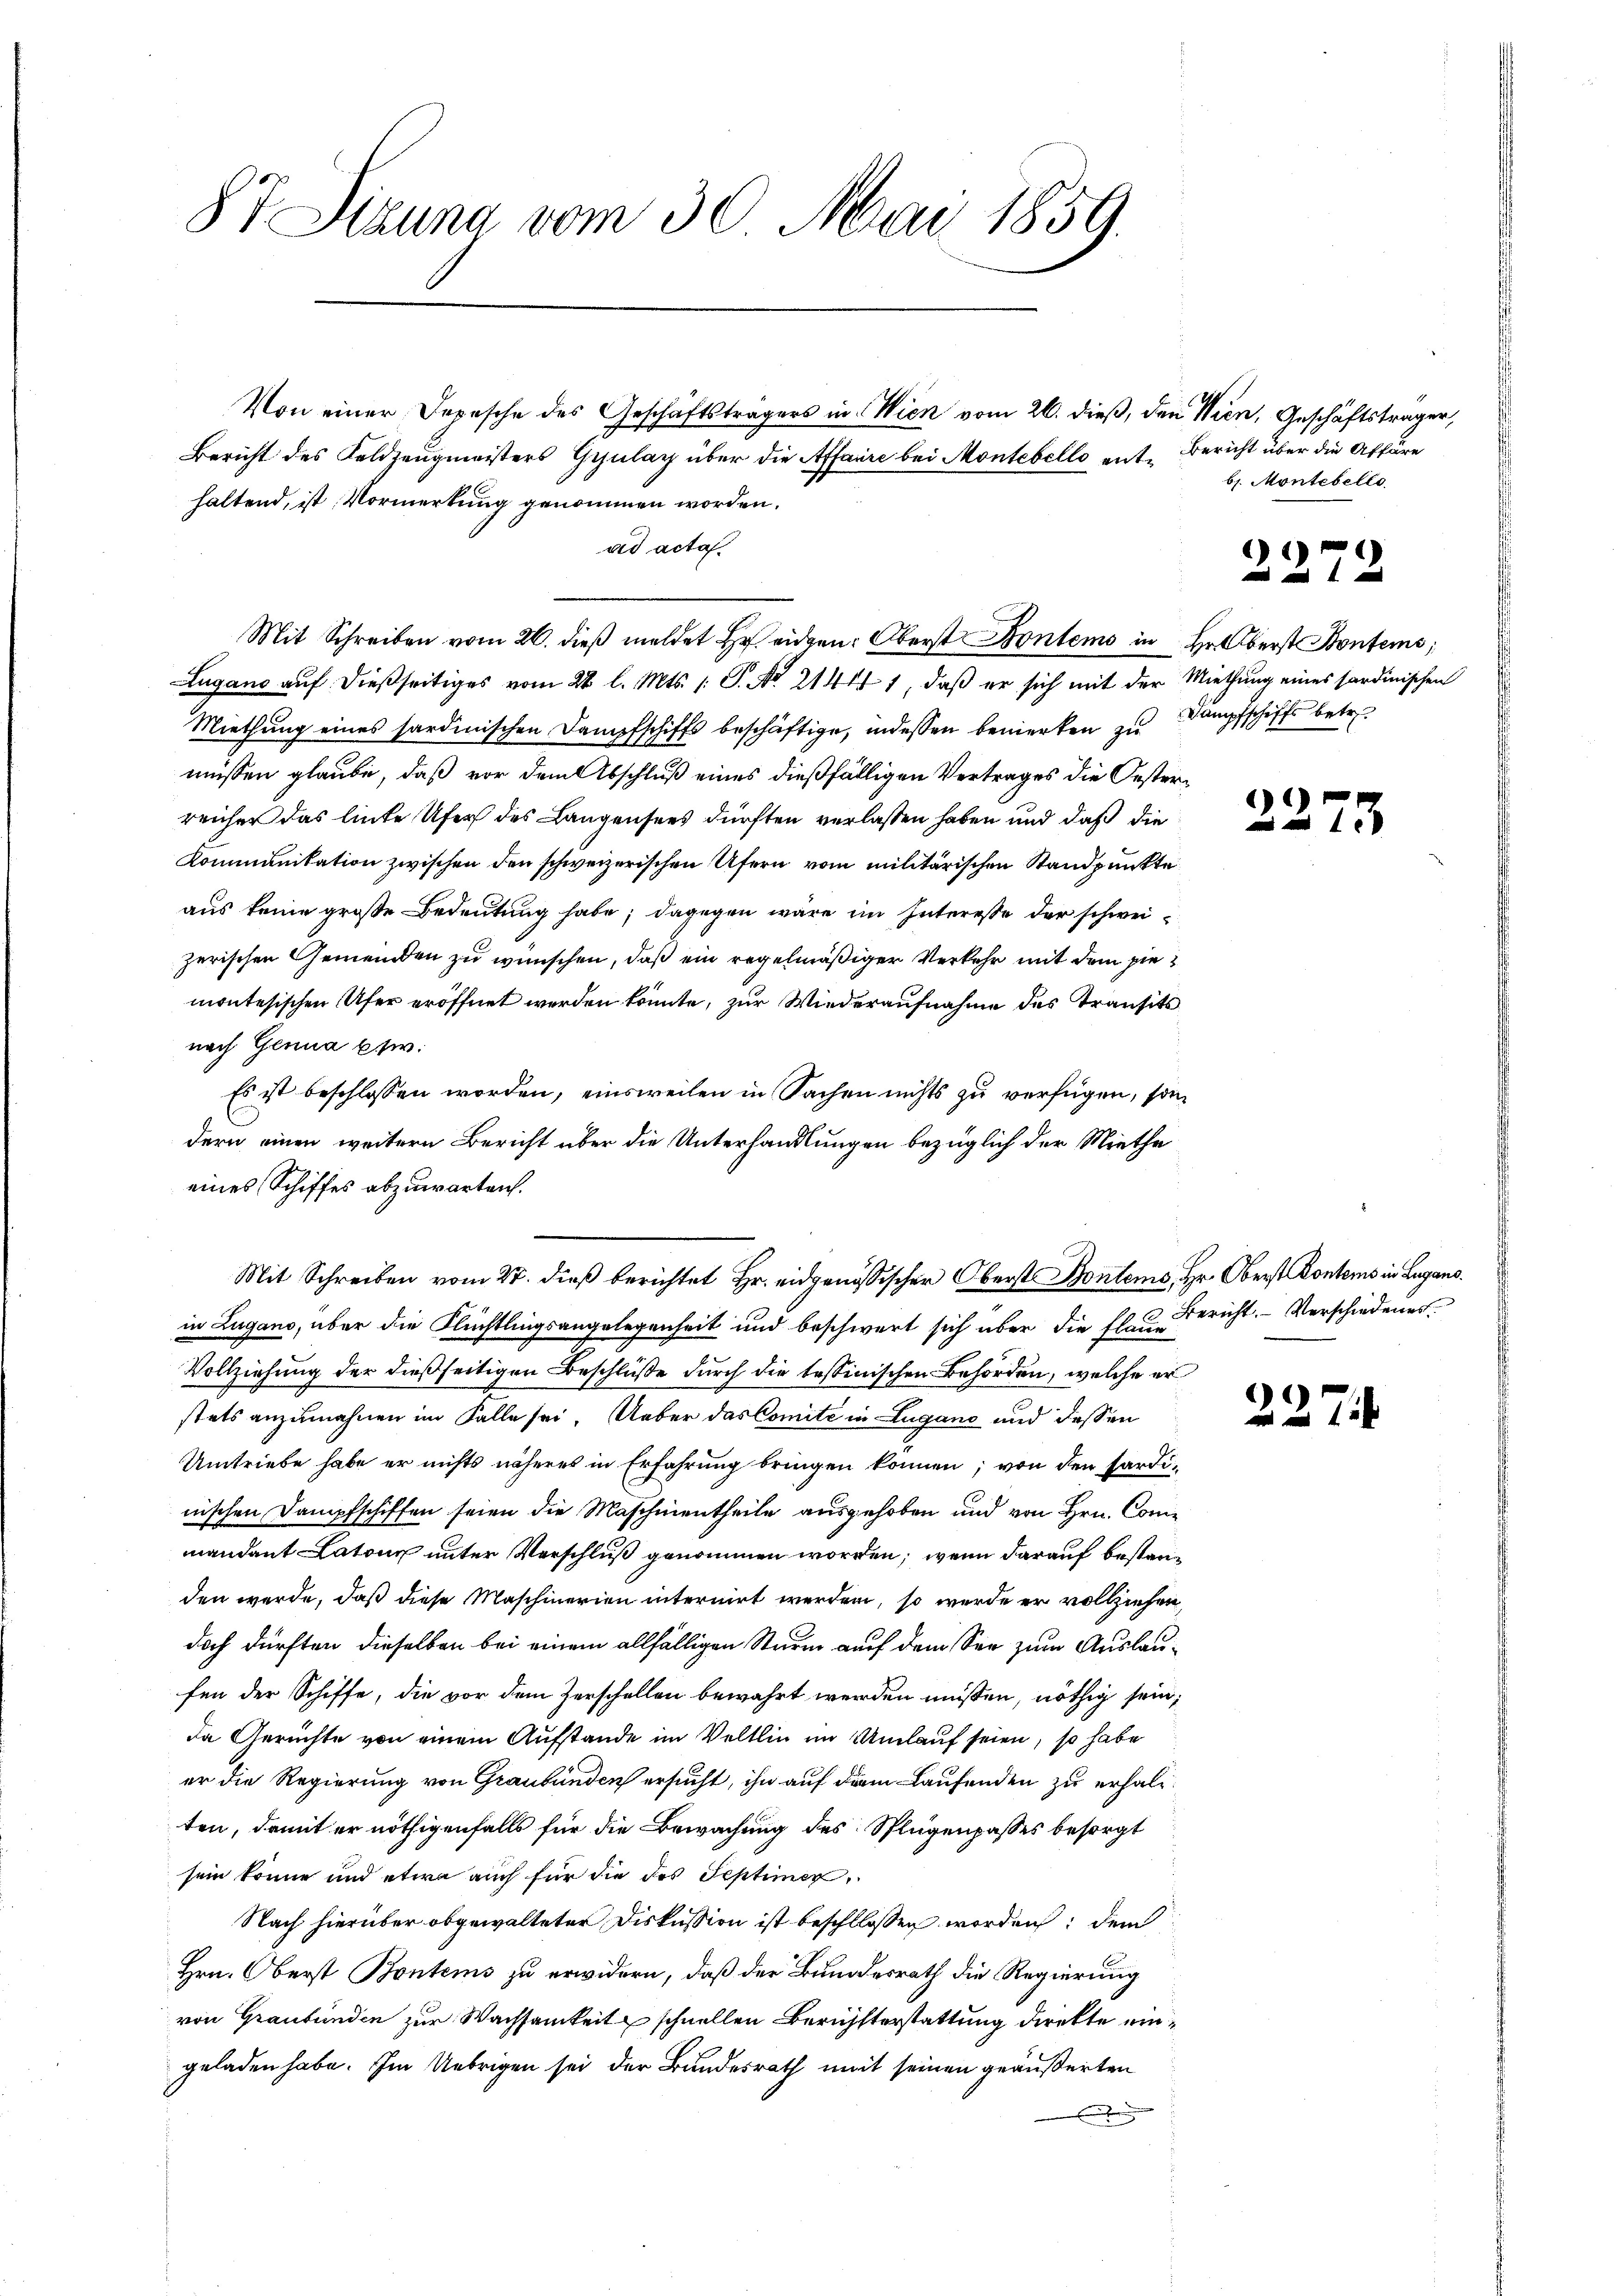
§7 Dizuna vom 30. Mai 1859.

Bericht des Keldzeugmeisters Gyulay über die Affaire bei Montebello ent-Bericht über die Affäre
haltend, ist Vormerkung genommen worden.
ad acta.
Mit Schreiben vom 26. dieß meldet Heiden: Oberst Kontems in Hr. Oberst Konte
Lugano auf dießseitiges vom 28 l. Mts. 1 S. No. 21441, daß er sich mit der Miethung eines sardinischen
Miethung eines sardinischen Dampfschiffs beschäftige, indessen bemerken zu Dampfschiffs betre
müssen glaube, daß vor dem Abschluß eines dießfälligen Vertrages die Oesterreicher das hinte Ufers des Langensees dürften verlassen haben und daß die
Kommunikation zwischen den schweizerischen Ufern vom militärischen Standpunkte
aus keine große Bedeutung habe; dagegen wäre im Interesse der schweizerischen Gemeinden zu wünschen, daß ein regelmäßiger Verkehr mit dem pie
montesischen Ufer eröffnet werden könnte, zur Wiederaufnahme des Transits
nach Genua bzw.
Es ist beschlossen worden, einsweilen in Sachen nichts zu verfügen, son
dern einen weitern Bericht über die Unterhandlungen bezüglich der Miethe
eines Schiffes abzuwarten.
in Zugano, über die Flüchtlingsangelegenheit und beschwert sich über die Ex- u Bericht. Verschiedenes.
Vollziehung der dießseitigen Beschlüße durch die tessinischen Behörden, welche er
stets anzumahnen im Falle sei. Ueber das Comité in Lugano und dessen
Umtriebe habe er nichts näheres in Erfahrung bringen können; von den Sardinischen Dampfschiffen seien die Maschinentheile ausgehoben und von Hrn. Commandant Latone unter Verschluß genommen worden, wenn darauf bestanden werde, daß diese Maschinerien internirt werden, so werde er vollziehen,
doch dürften dieselben bei einem allfälligen Sturm auf dem See zum Auslaufen der Schiffe, die vor dem Zerschellen bewahrt werden müssen, nöthig sein,
da Gerüchte von einem Aufstande im Veltlin im Umlauf seien, so habe
er die Regierung von Graubünden ersucht, ihn auf dem Laufenden zu erhalten, damit er nöthigenfalls für die Bewachung des Splügenpasses besorgt
sein könne und etwa auch für die des Septimer
Nach hierüber obgewalteter Diskussion ist beschllossen worden; dem
Hrn. Oberst Bontems zu erwidern, daß der Bundesrath die Regierung
von Graubünden zur Wachsamkeit schnellen Berichtterstattung direkte eingeladen habe. Im Uebrigen sei der Bundesrath mit seinen geäußerten

Von einer Depesche des Geschäftsträgers in Wien vom 26. dieß, den Wien, Geschäftsträger,

Mit Schreiben vom 27. dieß berichtet Hr. eidgenössischer Oberst Bontems, Hr. Oberst Kontems in Lugans.

b. Montebelle

)

22

¬

3